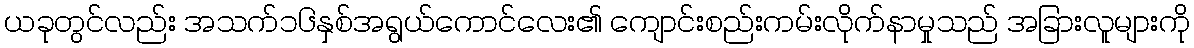
ယခုတွင်လည်း အသက်၁၆နှစ်အရွယ်ကောင်လေး၏ ကျောင်းစည်းကမ်းလိုက်နာမှုသည် အခြားလူများကို